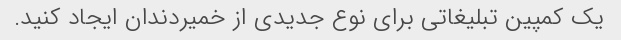
یک کمپین تبلیغاتی برای نوع جدیدی از خمیردندان ایجاد کنید.